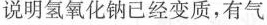
说明氢氧化钠已经变质，有气